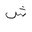
Letter: _shin